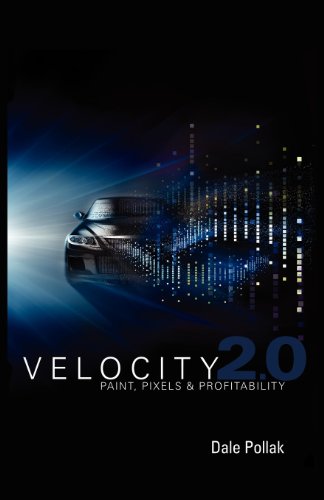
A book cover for Velocity 2.0; Dale Pollak; Engineering & Transportation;